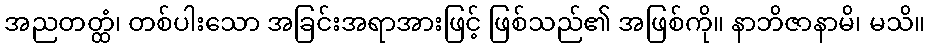
အညတတ္ထံ၊ တစ်ပါးသော အခြင်းအရာအားဖြင့် ဖြစ်သည်၏ အဖြစ်ကို။ နာဘိဇာနာမိ၊ မသိ။